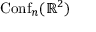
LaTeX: \operatorname { C o n f } _ { n } ( \mathbb { R } ^ { 2 } )